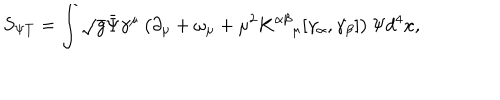
S _ { \Psi T } = \int \sqrt { g } { \bar { \Psi } } \gamma ^ { \mu } \left( \partial _ { \mu } + \omega _ { \mu } + \mu ^ { 2 } K ^ { \alpha \beta } { } _ { \mu } [ \gamma _ { \alpha } , \gamma _ { \beta } ] \right) \Psi d ^ { 4 } x ,